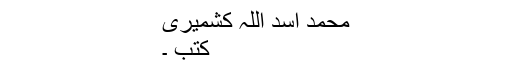
محمد اسد اللہ کشمیری
کتب ۔